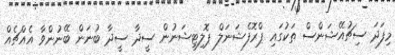
މިފަދަ ސިޗުއޭޝަންސް ތަކުގައި ޕްރޮފެޝަނަލް ޕޮލިޓިޝަނުން ސީދާ ސީދާ ބުނަން ބޭނުންވާ އެއްޗެއް